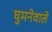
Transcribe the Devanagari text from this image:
घुमनेवाले